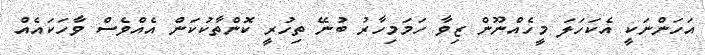
އަހަންނަކީ އެކަހަލަ މީހެއްނޫން ޒިވާ ހަމަމިހާރު ބުނޭ ތިހުރީ ކޮންތާކުކަން އެއްވެސް ވާހަކައެއް